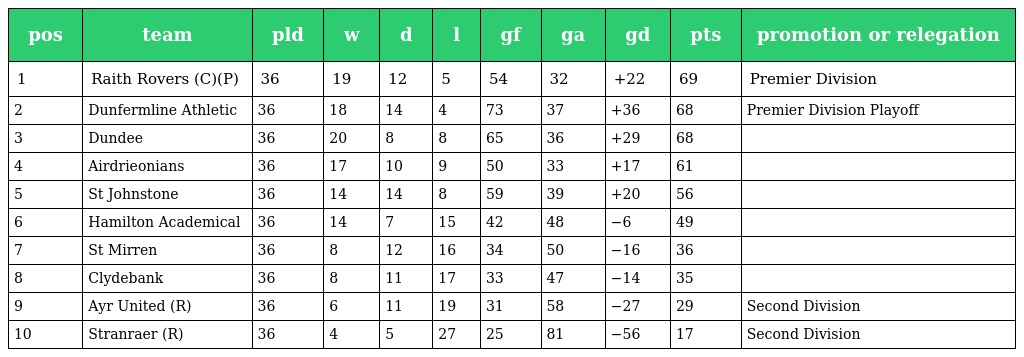
| pos | team | pld | w | d | l | gf | ga | gd | pts | promotion or relegation |
 | --- | --- | --- | --- | --- | --- | --- | --- | --- | --- | --- |
 | 1 | Raith Rovers (C)(P) | 36 | 19 | 12 | 5 | 54 | 32 | +22 | 69 | Premier Division |
 | 2 | Dunfermline Athletic | 36 | 18 | 14 | 4 | 73 | 37 | +36 | 68 | Premier Division Playoff |
 | 3 | Dundee | 36 | 20 | 8 | 8 | 65 | 36 | +29 | 68 |  |
 | 4 | Airdrieonians | 36 | 17 | 10 | 9 | 50 | 33 | +17 | 61 |  |
 | 5 | St Johnstone | 36 | 14 | 14 | 8 | 59 | 39 | +20 | 56 |  |
 | 6 | Hamilton Academical | 36 | 14 | 7 | 15 | 42 | 48 | −6 | 49 |  |
 | 7 | St Mirren | 36 | 8 | 12 | 16 | 34 | 50 | −16 | 36 |  |
 | 8 | Clydebank | 36 | 8 | 11 | 17 | 33 | 47 | −14 | 35 |  |
 | 9 | Ayr United (R) | 36 | 6 | 11 | 19 | 31 | 58 | −27 | 29 | Second Division |
 | 10 | Stranraer (R) | 36 | 4 | 5 | 27 | 25 | 81 | −56 | 17 | Second Division |